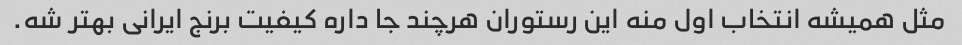
مثل همیشه انتخاب اول منه این رستوران هرچند جا داره کیفیت برنج ایرانی بهتر شه.